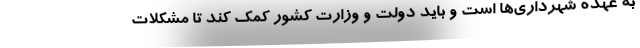
به عهده شهرداری‌ها است و باید دولت و وزارت کشور کمک کند تا مشکلات